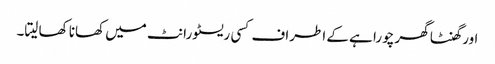
اور گھنٹا گھر چورا ہے کے اطراف کسی ریسٹورانٹ میں کھانا کھا لیتا۔